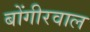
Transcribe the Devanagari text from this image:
बोंगीरवाल